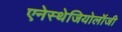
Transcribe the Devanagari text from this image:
एनेस्थेजियोलॉजी